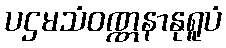
ပဌမသံဝဏ္ဏနာနုရူပံ